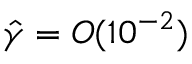
\hat { \gamma } = O ( 1 0 ^ { - 2 } )